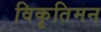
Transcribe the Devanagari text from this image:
विकृतिमन